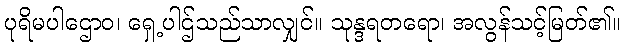
ပုရိမပါဌောဝ၊ ရှေ့ပါဌ်သည်သာလျှင်။ သုန္ဒရတရော၊ အလွန်သင့်မြတ်၏။